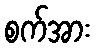
စက်အား